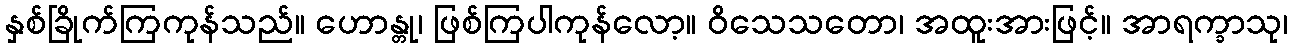
နှစ်ခြိုက်ကြကုန်သည်။ ဟောန္တု၊ ဖြစ်ကြပါကုန်လော့။ ဝိသေသတော၊ အထူးအားဖြင့်။ အာရက္ခာသု၊